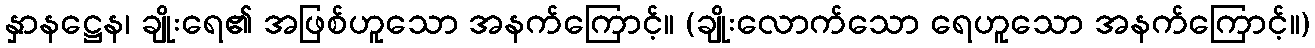
နှာနဋ္ဌေန၊ ချိုးရေ၏ အဖြစ်ဟူသော အနက်ကြောင့်။ (ချိုးလောက်သော ရေဟူသော အနက်ကြောင့်။)